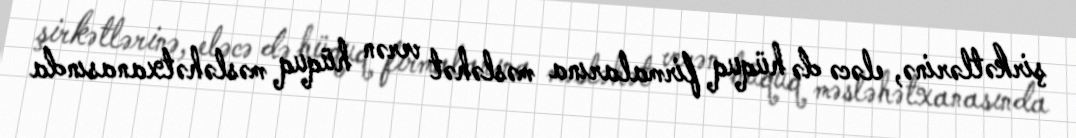
şirkətlərinə, eləcə də hüquq firmalarına məsləhət verən hüquq məsləhətxanasında